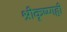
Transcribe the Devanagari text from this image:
श्रीकृष्णही